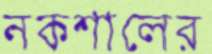
নকশালের